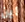
أين